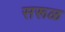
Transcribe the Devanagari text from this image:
सरूळ